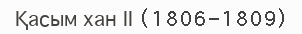
Қасым хан ІІ (1806-1809)